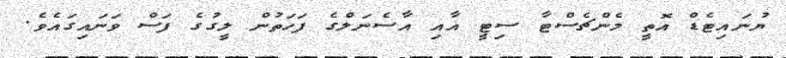
ޔުނައިޓެޑް އޮތީ މެންޗެސްޓާ ސިޓީ އާއި އާސެނަލްގެ ފަހަތުން ލީގުގެ ފަސް ވަނައިގައެވެ.